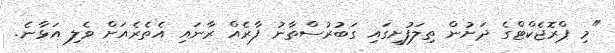
"މި ޕްރޮޖެކްޓްގެ ދަށުން ތިލަފުށީގައި ގަބުރުސްތާނު ފާރެއް ރާނައި އެތެރެއަށް ވެލި އަޅާނެ.